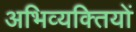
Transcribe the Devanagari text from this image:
अभिव्यक्‍तियों